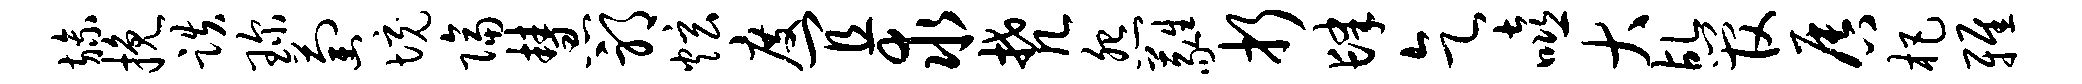
旒挽跌琛萄境隔慧邪炫度宜求梵怨蕤折肆乞嘻大乩管唇杷雅